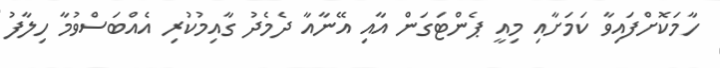
ހާމަކޮށްފައިވާ ކަމަށާއި މިއީ ޕެންޓަގަން އާއި އޭނާއާ ދެމެދު ގާއިމުކުރި އެއްބަސްވުމާ ހިލާފު